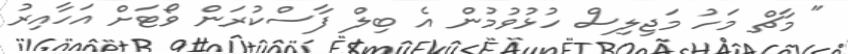
" މާޗް މަހު މަޖިލިސް ހުޅުވުމުން އެ ބިލް ފާސްކުރަން ވޯޓަށް އަހާއިރު